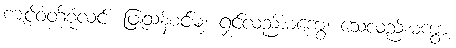
ကျင့်ဝတ်စုံလင်၊ ဖြူသန့်စင်မူ၊ ရှင်လည်းမကွေ၊ သေလည်းမကွာ၊